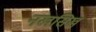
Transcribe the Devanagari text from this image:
नखसिख